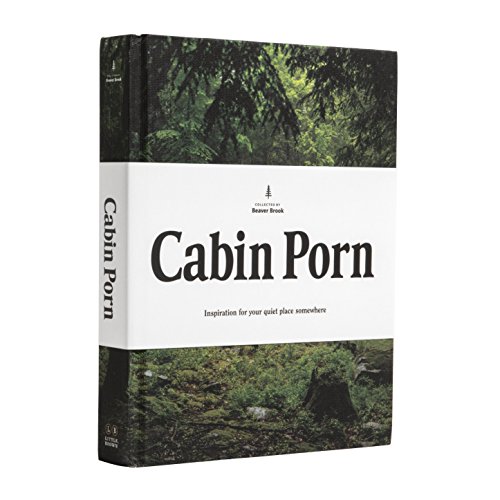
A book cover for Cabin Porn: Inspiration for Your Quiet Place Somewhere; Zach Klein; Crafts, Hobbies & Home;